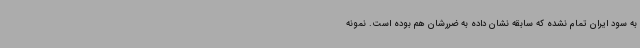
به سود ایران تمام نشده که سابقه نشان داده به ضررشان هم بوده است. نمونه